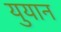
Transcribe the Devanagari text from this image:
युयान